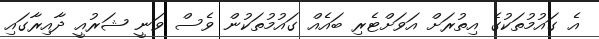
އެ ގައުމުތަކުގެ އިތުރަށް އަވަށްޓެރި ބައެއް ގައުމުތަކުން ވެސް ވަނީ ޝަރުއީ ދާއިރާގައި